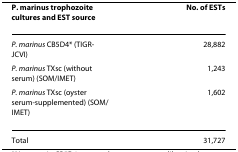
| P. marinus trophozoite cultures and EST source | No. of ESTs |
 | --- | --- |
 | P. marinus CB5D4* (TIGR-JCVI) | 28,882 |
 | P. marinus TXsc (without serum) (SOM/IMET) | 1,243 |
 | P. marinus TXsc (oyster serum-supplemented) (SOM/IMET) | 1,602 |
 | Total | 31,727 |